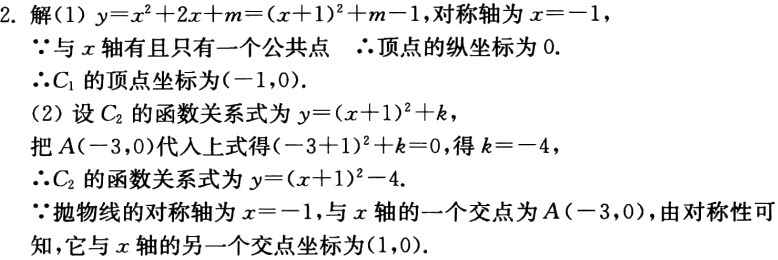
2. 解
(1) \(y = x^{2}+2x + m=(x + 1)^{2}+m - 1\)，对称轴为\(x=-1\)，
\(\because\)与\(x\)轴有且只有一个公共点 \(\therefore\)顶点的纵坐标为\(0\).
\(\therefore C_{1}\)的顶点坐标为\((-1,0)\).
(2) 设\(C_{2}\)的函数关系式为\(y=(x + 1)^{2}+k\)，
把\(A(-3,0)\)代入上式得\((-3 + 1)^{2}+k = 0\)，得\(k=-4\)，
\(\therefore C_{2}\)的函数关系式为\(y=(x + 1)^{2}-4\).
\(\because\)抛物线的对称轴为\(x=-1\)，与\(x\)轴的一个交点为\(A(-3,0)\)，由对称性可知，它与\(x\)轴的另一个交点坐标为\((1,0)\).